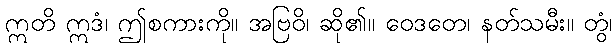
ဣတိ ဣဒံ၊ ဤစကားကို။ အဗြဝိ၊ ဆို၏။ ဝေဒတေ၊ နတ်သမီး။ တွံ၊